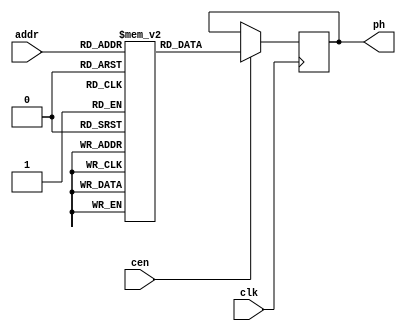
module jt51_phrom
(
	input [4:0] addr,
	input clk,
	input cen,
	output reg [45:0] ph
);

	reg [45:0] sinetable[31:0];
	initial
	begin
	sinetable[5'd0 ] = 46'b0001100000100100010001000010101010101001010010;
	sinetable[5'd1 ] = 46'b0001100000110100000100000010010001001101000001;
	sinetable[5'd2 ] = 46'b0001100000110100000100110010001011001101100000;
	sinetable[5'd3 ] = 46'b0001110000010000000000110010110001001101110010;
	sinetable[5'd4 ] = 46'b0001110000010000001100000010111010001101101001;
	sinetable[5'd5 ] = 46'b0001110000010100001001100010000000101101111010;
	sinetable[5'd6 ] = 46'b0001110000010100001101100010010011001101011010;
	sinetable[5'd7 ] = 46'b0001110000011100000101010010111000101111111100;
	sinetable[5'd8 ] = 46'b0001110000111000000001110010101110001101110111;
	sinetable[5'd9 ] = 46'b0001110000111000010100111000011101011010100110;
	sinetable[5'd10] = 46'b0001110000111100011000011000111100001001111010;
	sinetable[5'd11] = 46'b0001110000111100011100111001101011001001110111;
	sinetable[5'd12] = 46'b0100100001010000010001011001001000111010110111;
	sinetable[5'd13] = 46'b0100100001010100010001001001110001111100101010;
	sinetable[5'd14] = 46'b0100100001010100010101101101111110100101000110;
	sinetable[5'd15] = 46'b0100100011100000001000011001010110101101111001;
	sinetable[5'd16] = 46'b0100100011100100001000101011100101001011101111;
	sinetable[5'd17] = 46'b0100100011101100000111011010000001011010110001;
	sinetable[5'd18] = 46'b0100110011001000000111101010000010111010111111;
	sinetable[5'd19] = 46'b0100110011001100001011011110101110110110000001;
	sinetable[5'd20] = 46'b0100110011101000011010111011001010001101110001;
	sinetable[5'd21] = 46'b0100110011101101011010110101111001010100001111;
	sinetable[5'd22] = 46'b0111000010000001010111000101010101010110010111;
	sinetable[5'd23] = 46'b0111000010000101010111110111110101010010111011;
	sinetable[5'd24] = 46'b0111000010110101101000101100001000010000011001;
	sinetable[5'd25] = 46'b0111010010011001100100011110100100010010010010;
	sinetable[5'd26] = 46'b0111010010111010100101100101000000110100100011;
	sinetable[5'd27] = 46'b1010000010011010101101011101100001110010011010;
	sinetable[5'd28] = 46'b1010000010111111111100100111010100010000111001;
	sinetable[5'd29] = 46'b1010010111110100110010001100111001010110100000;
	sinetable[5'd30] = 46'b1011010111010011111011011110000100110010100001;
	sinetable[5'd31] = 46'b1110011011110001111011100111100001110110100111;

	end

	always @ (posedge clk) if(cen)
		ph <= sinetable[addr];

endmodule